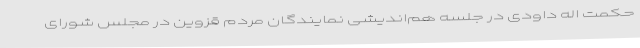
حکمت اله داودی در جلسه هم‌اندیشی نمایندگان مردم قزوین در مجلس شورای